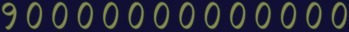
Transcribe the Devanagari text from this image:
१०००००००००००००